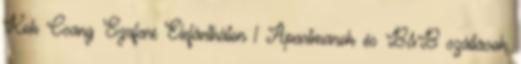
Kok Csang Szafari Elefántháton 1 Apartmanok és B&B szállások